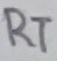
Text: RT